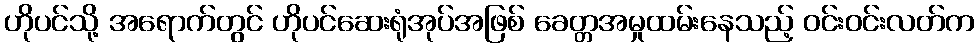
ဟိုပင်သို့ အရောက်တွင် ဟိုပင်ဆေးရုံအုပ်အဖြစ် ခေတ္တအမှုထမ်းနေသည့် ဝင်းဝင်းလတ်က